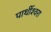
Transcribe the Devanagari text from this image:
पार्थीश्‍वरा